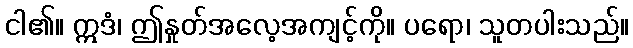
ငါ၏။ ဣဒံ၊ ဤနှုတ်အလေ့အကျင့်ကို။ ပရော၊ သူတပါးသည်။